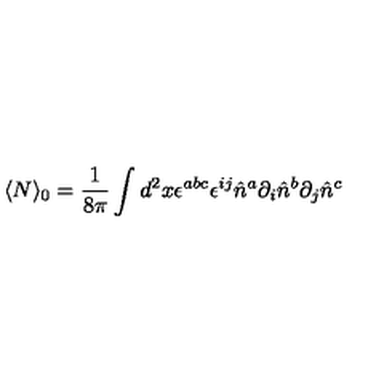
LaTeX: \langle N \rangle _ { 0 } = \frac { 1 } { 8 \pi } \int d ^ { 2 } x \epsilon ^ { a b c } \epsilon ^ { i j } \hat { n } ^ { a } \partial _ { i } \hat { n } ^ { b } \partial _ { j } \hat { n } ^ { c }